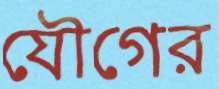
যৌগের